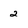
Character: 2